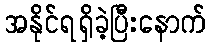
အနိုင်ရရှိခဲ့ပြီးနောက်